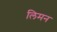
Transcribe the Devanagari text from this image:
लिमन